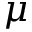
\mu